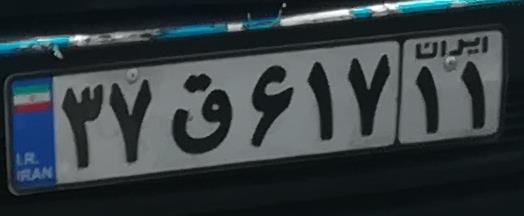
۳۷ق۶۱۷۱۱